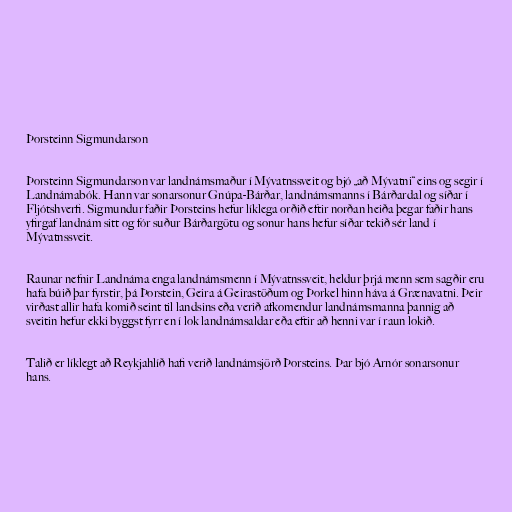
Þorsteinn Sigmundarson

Þorsteinn Sigmundarson var landnámsmaður í Mývatnssveit og bjó „að Mývatni“ eins og segir í
Landnámabók. Hann var sonarsonur Gnúpa-Bárðar, landnámsmanns í Bárðardal og síðar í
Fljótshverfi. Sigmundur faðir Þorsteins hefur líklega orðið eftir norðan heiða þegar faðir hans
yfirgaf landnám sitt og fór suður Bárðargötu og sonur hans hefur síðar tekið sér land í
Mývatnssveit.

Raunar nefnir Landnáma enga landnámsmenn í Mývatnssveit, heldur þrjá menn sem sagðir eru
hafa búið þar fyrstir, þá Þorstein, Geira á Geirastöðum og Þorkel hinn háva á Grænavatni. Þeir
virðast allir hafa komið seint til landsins eða verið afkomendur landnámsmanna þannig að
sveitin hefur ekki byggst fyrr en í lok landnámsaldar eða eftir að henni var í raun lokið.

Talið er líklegt að Reykjahlíð hafi verið landnámsjörð Þorsteins. Þar bjó Arnór sonarsonur
hans.